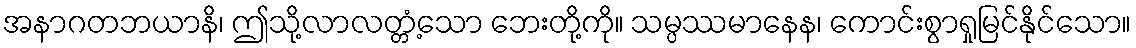
အနာဂတဘယာနိ၊ ဤသို့လာလတ္တံ့သော ဘေးတို့ကို။ သမ္ပဿမာနေန၊ ကောင်းစွာရှုမြင်နိုင်သော။